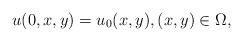
LaTeX: \begin{align*}u(0,x,y)=u_0(x,y),(x,y)\in\Omega,\end{align*}